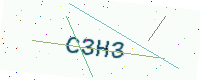
Text: C3H3